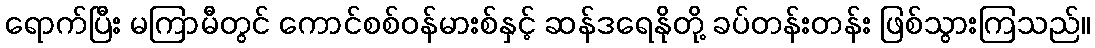
ရောက်ပြီး မကြာမီတွင် ကောင်စစ်ဝန်မားစ်နှင့် ဆန်ဒရေနိုတို့ ခပ်တန်းတန်း ဖြစ်သွားကြသည်။